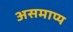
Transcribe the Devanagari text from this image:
असमाप्य